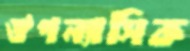
ঔপন্যাসিক